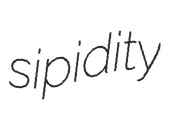
sipidity